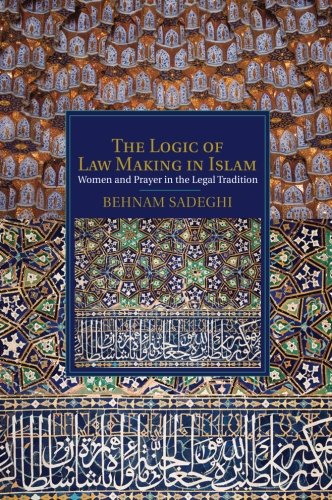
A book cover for The Logic of Law Making in Islam: Women and Prayer in the Legal Tradition (Cambridge Studies in Islamic Civilization); Behnam Sadeghi; Religion & Spirituality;